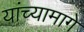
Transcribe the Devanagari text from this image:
यांच्यामागे